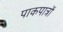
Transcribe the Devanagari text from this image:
पाकपात्रों